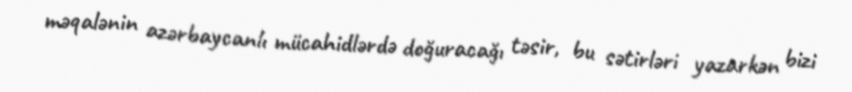
məqalənin azərbaycanlı mücahidlərdə doğuracağı təsir, bu sətirləri yazarkən bizi